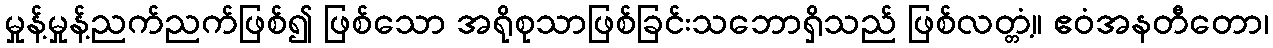
မှုန့်မှုန့်ညက်ညက်ဖြစ်၍ ဖြစ်သော အရိုစုသာဖြစ်ခြင်းသဘောရှိသည် ဖြစ်လတ္တံ့။ ဧဝံအနတီတော၊